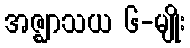
အဇ္ဈာသယ ၆-မျိုး